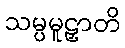
သမ္ပမူဠှာတိ